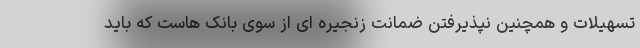
تسهیلات و همچنین نپذیرفتن ضمانت زنجیره ای از سوی بانک هاست که باید